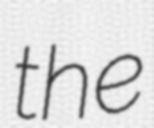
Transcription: the